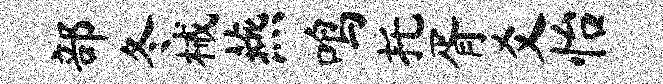
部冬械燕鸣托胥爻怡